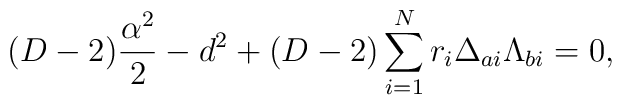
(D-2){\alpha^2\over2}-d^2+(D-2)\sum_{i=1}^Nr_i\Delta_{ai}\Lambda_{bi}=0,